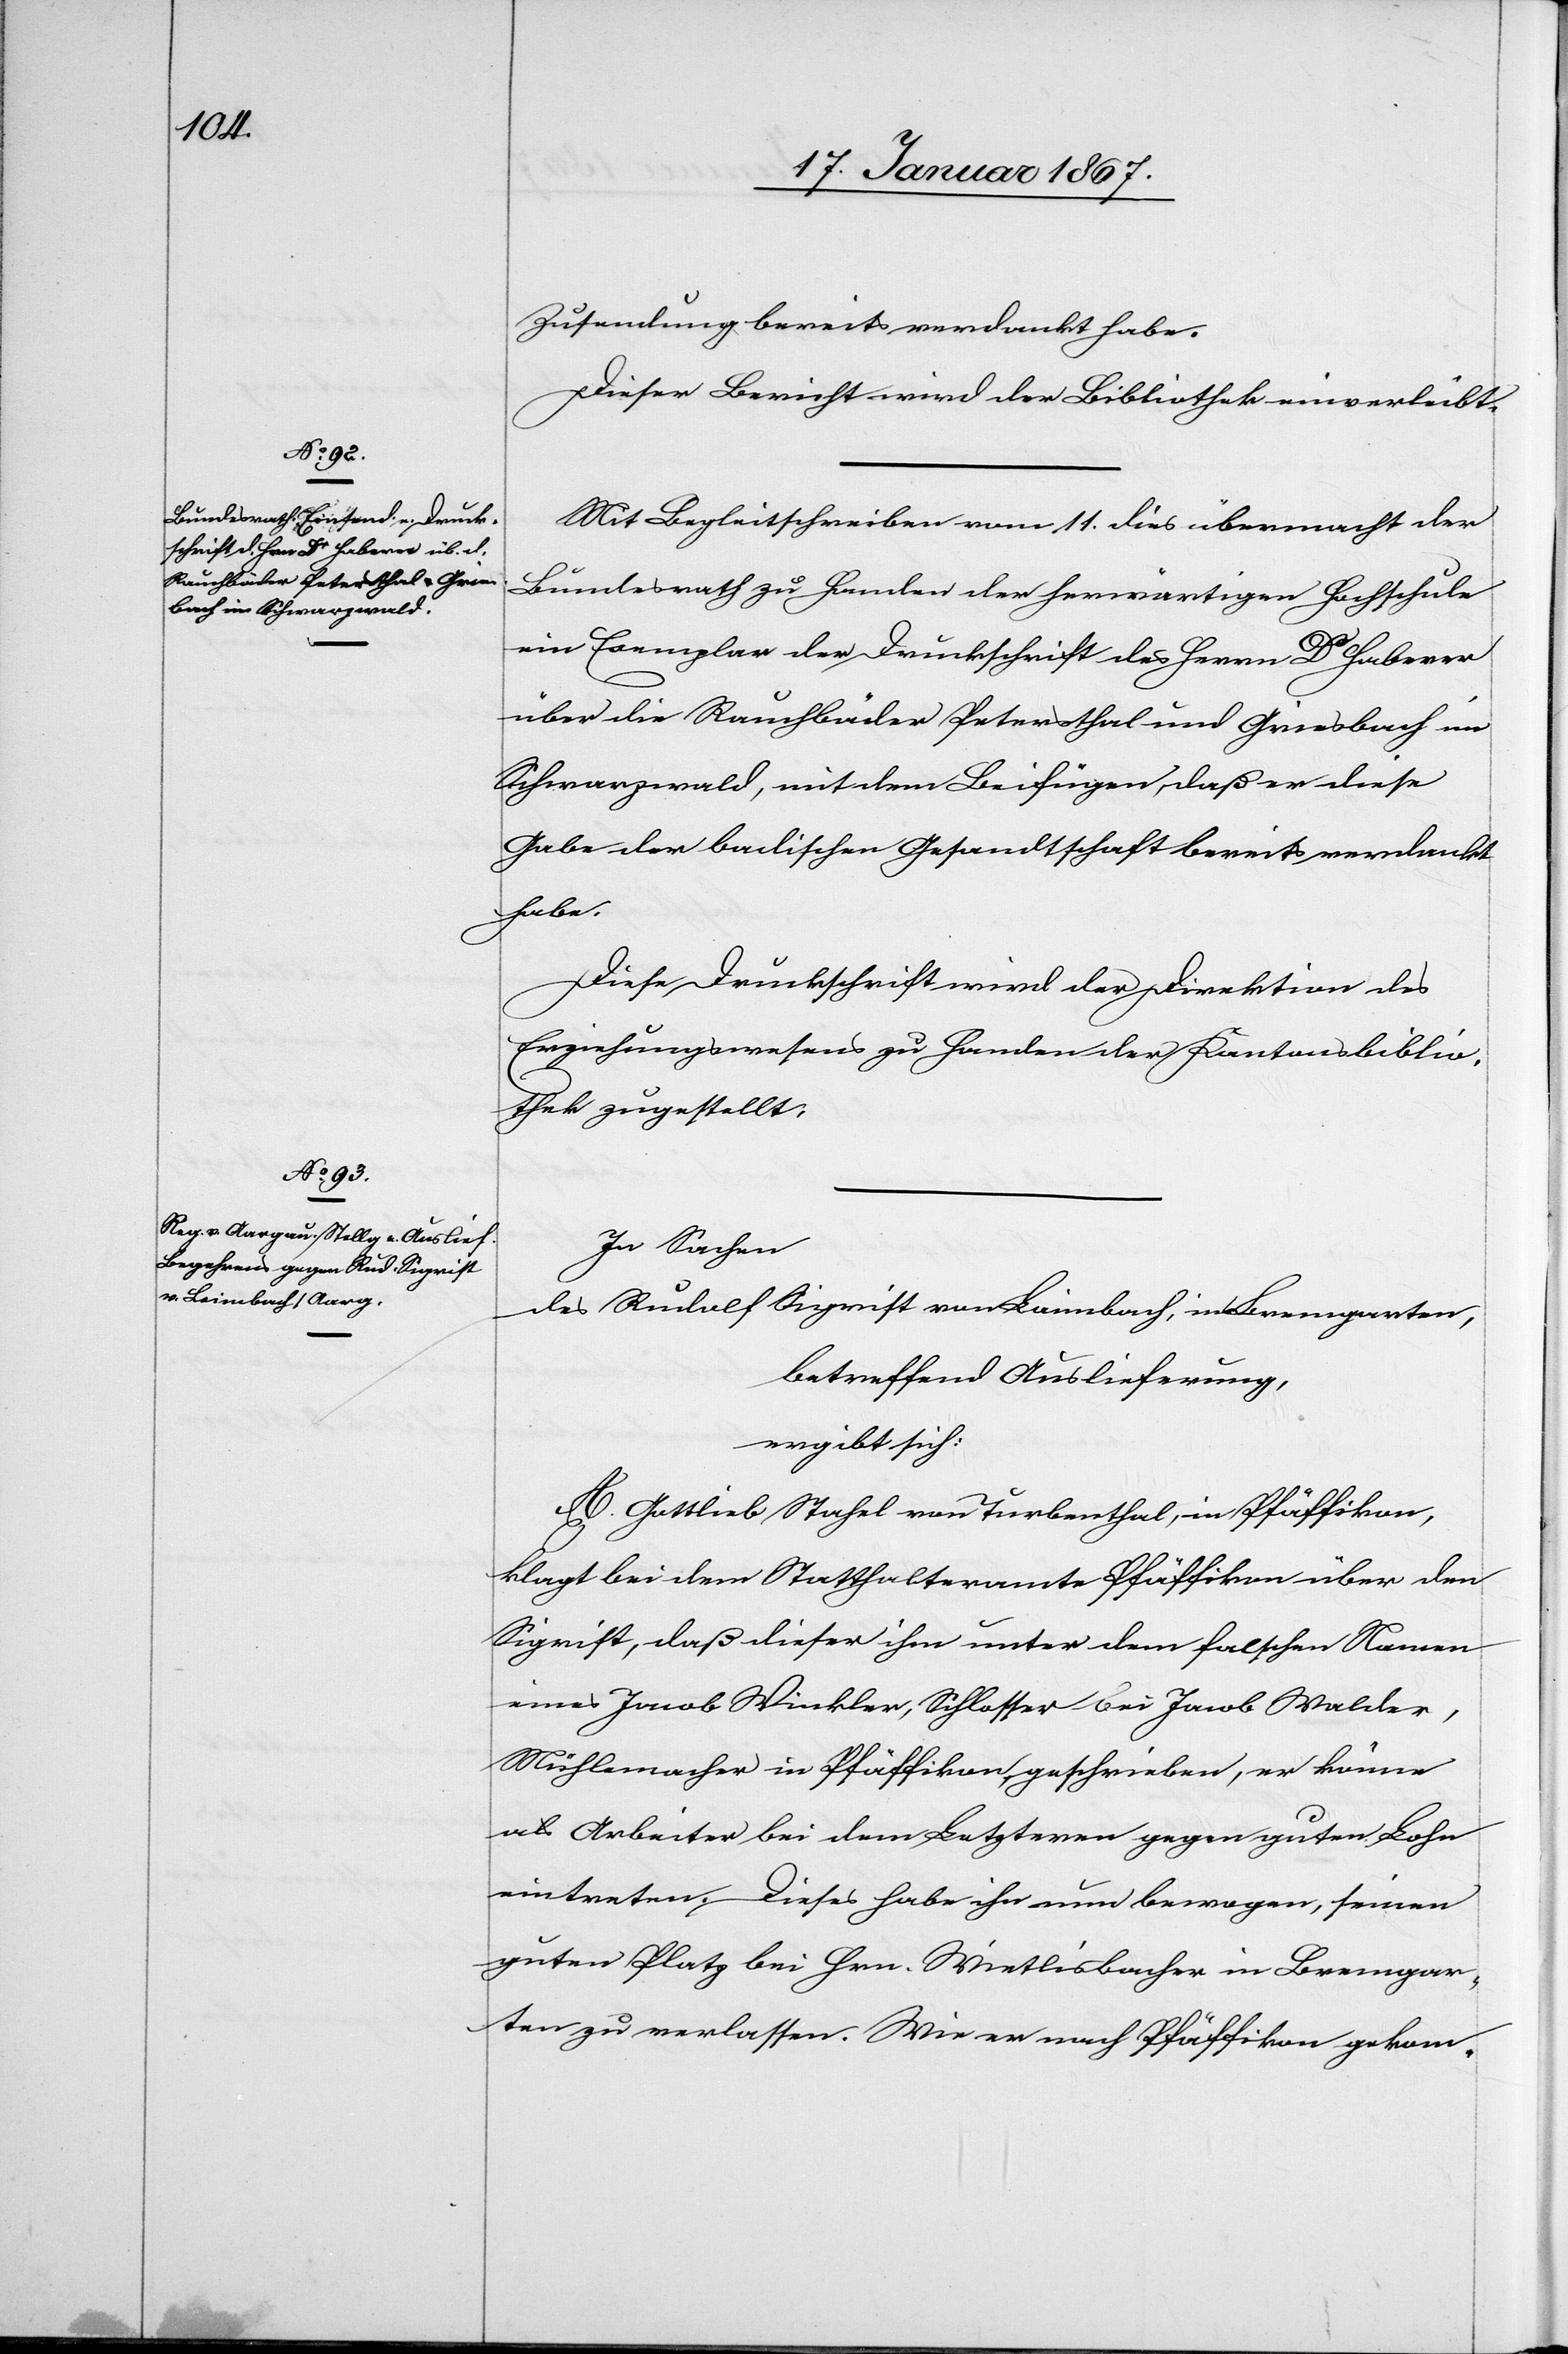
Zusendung bereits verdankt habe.
Dieser Bericht wird der Bibliothek einverleibt.
Mit Begleitschreiben vom 11. dies übermacht der
Bundesrath zu Handen der herwärtigen Hochschule
ein Exemplar der Druckschrift des Herrn Dr Haberer
über die Rauchbäder Petersthal und Griesbach im
Schwarzwald, mit dem Beifügen, daß er diese
Gabe der badischen Gesandtschaft bereits verdankt
habe.
Diese Druckschrift wie der Direktion des
Erziehungsrathes zu Handen der Kantonsbiblio¬
thek zugestellt.
In Sachen
des Rudolf Sigrist von Laimbach [sic!], in Bremgarten,
betreffend Auslieferung,
ergibt sich:
A. Gottlieb Stahel von Turbenthal, in Pfäffikon,
klagt bei dem Statthalteramte Pfäffikon über den
Sigrist, daß dieser ihm unter dem falschen Namen
eines Jacob Winkler, Schlosser bei Jacob Walder,
Mühlemacher in Pfäffikon, geschrieben, er könne
als Arbeiter bei dem Letzteren gegen guten Lohn
eintreten. Dieses habe ihn nun bewogen, seinen
guten Platz bei Hrn. Wietlisbacher in Bremgar¬
ten zu verlassen. Wie er nach Pfäffikon gekom-